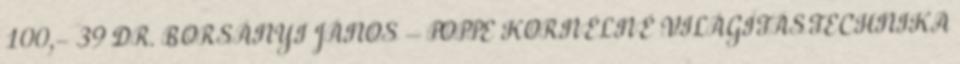
100,- 39 DR. BORSÁNYI JÁNOS – POPPE KORNÉLNÉ VILÁGÍTÁSTECHNIKA